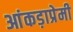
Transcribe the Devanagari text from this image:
आंकड़ाप्रेमी